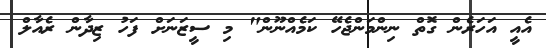
އެއީ އަހަރެން ގޮތް ނިންމަންޖެހޭ ކަމެއްނޫން" މި ސީޒަނަށް ފަހު ޒިދާން ރެއާލް